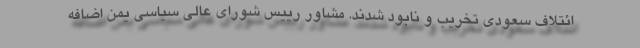
ائتلاف سعودی تخریب و نابود شدند. مشاور رییس شورای عالی سیاسی یمن اضافه